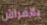
بالفراش